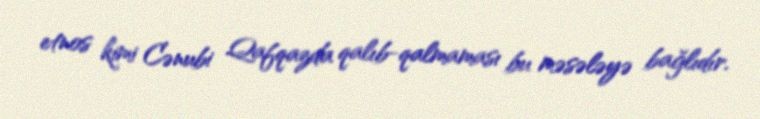
etnos kimi Cənubi Qafqazda qalıb-qalmaması bu məsələyə bağlıdır.